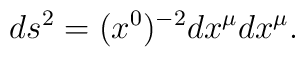
ds^2 = (x^0)^{-2} dx^\mu dx^\mu.